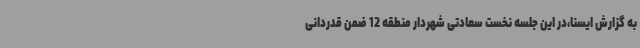
به گزارش ایسنا،در این جلسه نخست سعادتی شهردار منطقه 12 ضمن قدردانی